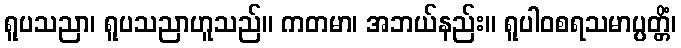
ရူပသညာ၊ ရူပသညာဟူသည်။ ကတမာ၊ အဘယ်နည်း။ ရူပါဝစရသမာပ္ပတ္တိံ၊